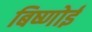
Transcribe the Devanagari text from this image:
बिष्णोई